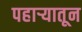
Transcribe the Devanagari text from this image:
पहार्‍यातून